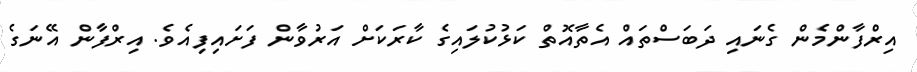
އިރްފާންމެން ގެނައި ދަބަސްތައް އެތާއޮތް ކަޅުކުލައިގެ ކާރަކަށް އަރުވާން ފަށައިފިއެވެ. އިރްފާން އޭނަގެ